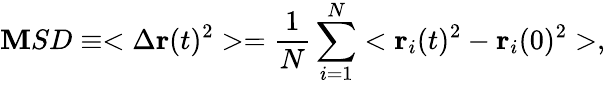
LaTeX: \mathbf{M}SD\equiv<\Delta\textbf{{r}}(t)^{2}>=\frac{{1}}{{N}}\sum_{i=1}^{N}<\textbf{{r}}_{i}(t)^{2}-\textbf{{r}}_{i}(0)^{2}>,